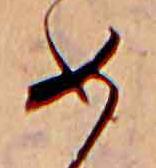
め